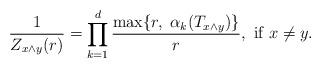
LaTeX: \begin{align*}\frac{1}{Z_{x \wedge y}(r)}=\prod_{k=1}^d\frac{ \max \{r,\; \alpha_k(T_{x\wedge y})\} } {r}, \mbox{ if }x\neq y.\end{align*}